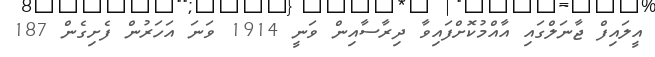
އީލައިފް ޖާނަލްގައި އާއްމުކޮށްފައިވާ ދިރާސާއިން ވަނީ 1914 ވަނަ އަހަރުން ފެށިގެން 187